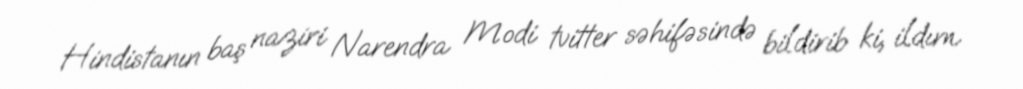
Hindistanın baş naziri Narendra Modi tvitter səhifəsində bildirib ki, ildım